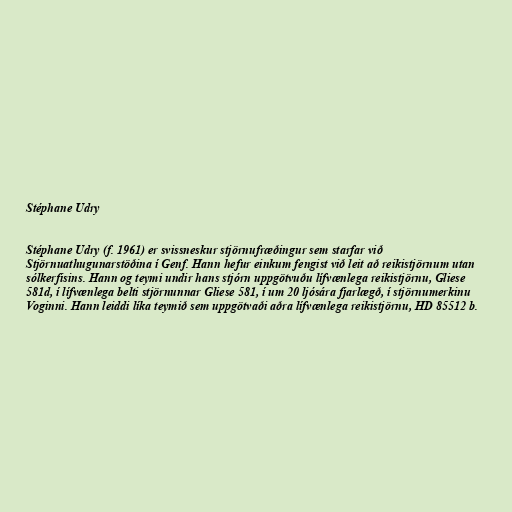
Stéphane Udry

Stéphane Udry (f. 1961) er svissneskur stjörnufræðingur sem starfar við
Stjörnuathugunarstöðina í Genf. Hann hefur einkum fengist við leit að reikistjörnum utan
sólkerfisins. Hann og teymi undir hans stjórn uppgötvuðu lífvænlega reikistjörnu, Gliese
581d, í lífvænlega belti stjörnunnar Gliese 581, í um 20 ljósára fjarlægð, í stjörnumerkinu
Voginni. Hann leiddi líka teymið sem uppgötvaði aðra lífvænlega reikistjörnu, HD 85512 b.